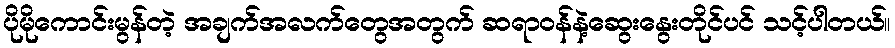
ပိုမိုကောင်းမွန်တဲ့ အချက်အလက်တွေအတွက် ဆရာဝန်နဲ့ဆွေးနွေးတိုင်ပင် သင့်ပါတယ်။